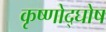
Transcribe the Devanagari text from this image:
कृष्णोद्घोष